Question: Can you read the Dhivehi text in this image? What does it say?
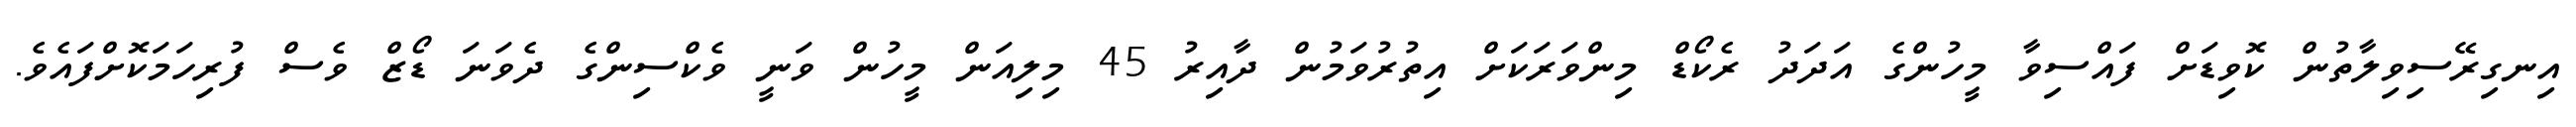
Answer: އިނގިރޭސިވިލާތުން ކޮވިޑަށް ފައްސިވާ މީހުންގެ އަދަދު ރެކޯޑް މިންވަރަކަށް އިތުރުވަމުން ދާއިރު 45 މިލިއަން މީހުން ވަނީ ވެކްސިންގެ ދެވަނަ ޑޯޒް ވެސް ފުރިހަމަކޮށްފައެވެ.